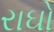
રાઘો